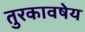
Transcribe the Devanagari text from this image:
तुरकावषेय